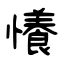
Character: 懩